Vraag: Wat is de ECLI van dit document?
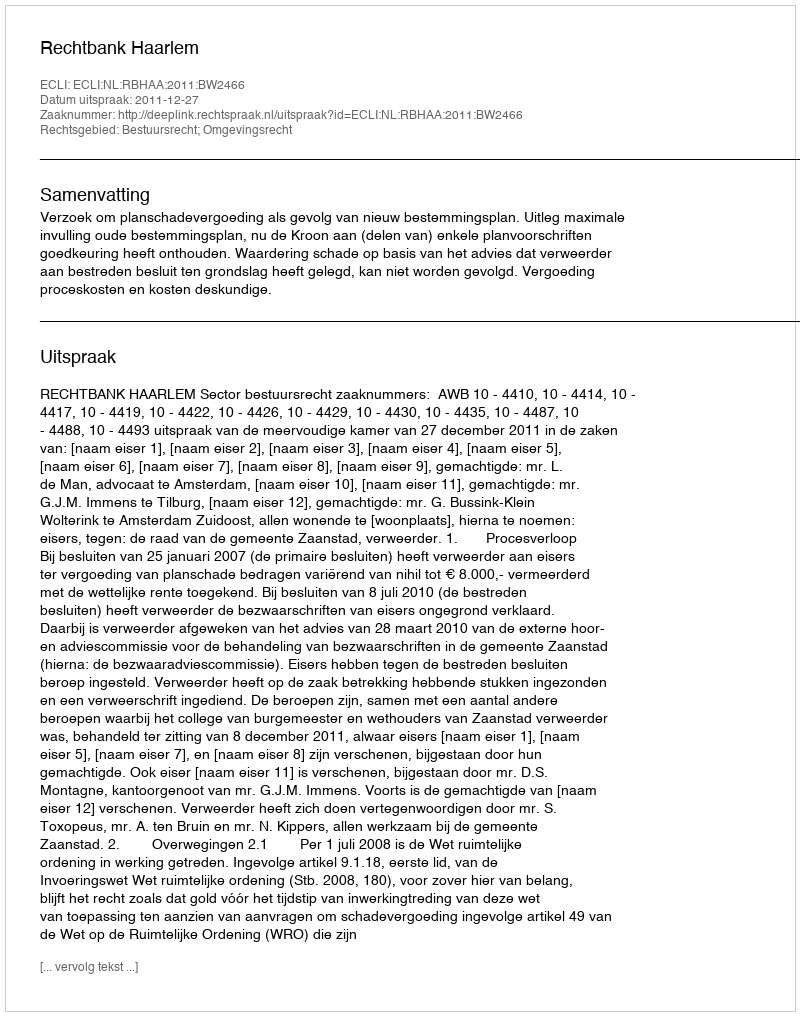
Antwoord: ECLI:NL:RBHAA:2011:BW2466